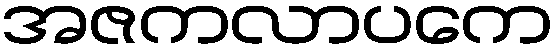
အဇကလာပကေ